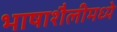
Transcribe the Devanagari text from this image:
भाषाशैलीमध्ये